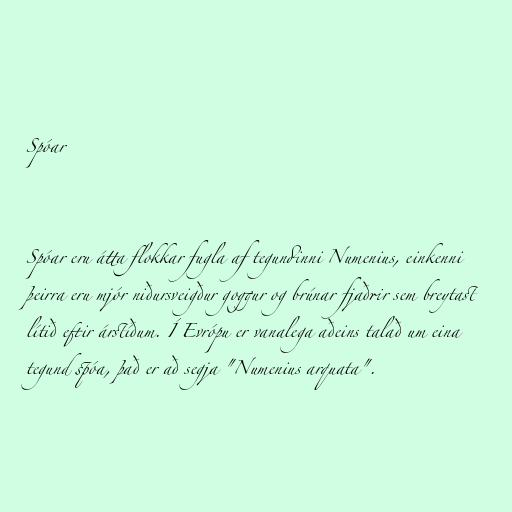
Spóar

Spóar eru átta flokkar fugla af tegundinni Numenius, einkenni
þeirra eru mjór niðursveigður goggur og brúnar fjaðrir sem breytast
lítið eftir árstíðum. Í Evrópu er vanalega aðeins talað um eina
tegund spóa, það er að segja "Numenius arquata".